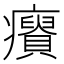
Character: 𤼊